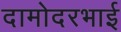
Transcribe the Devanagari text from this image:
दामोदरभाई